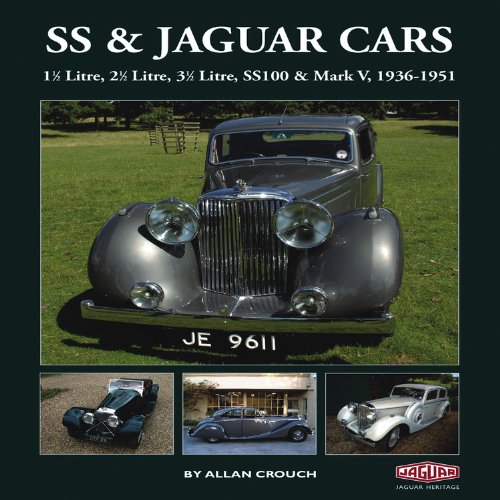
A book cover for SS & Jaguar Cars: 1 1/2 Litre, 2 1/2 Litre, 3 1/2 Litre, SS100 & Mark V, 1936-1951; Allan Crouch; Engineering & Transportation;